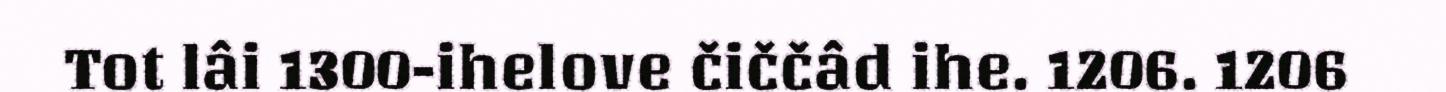
Tot lâi 1300-ihelove čiččâd ihe. 1206. 1206